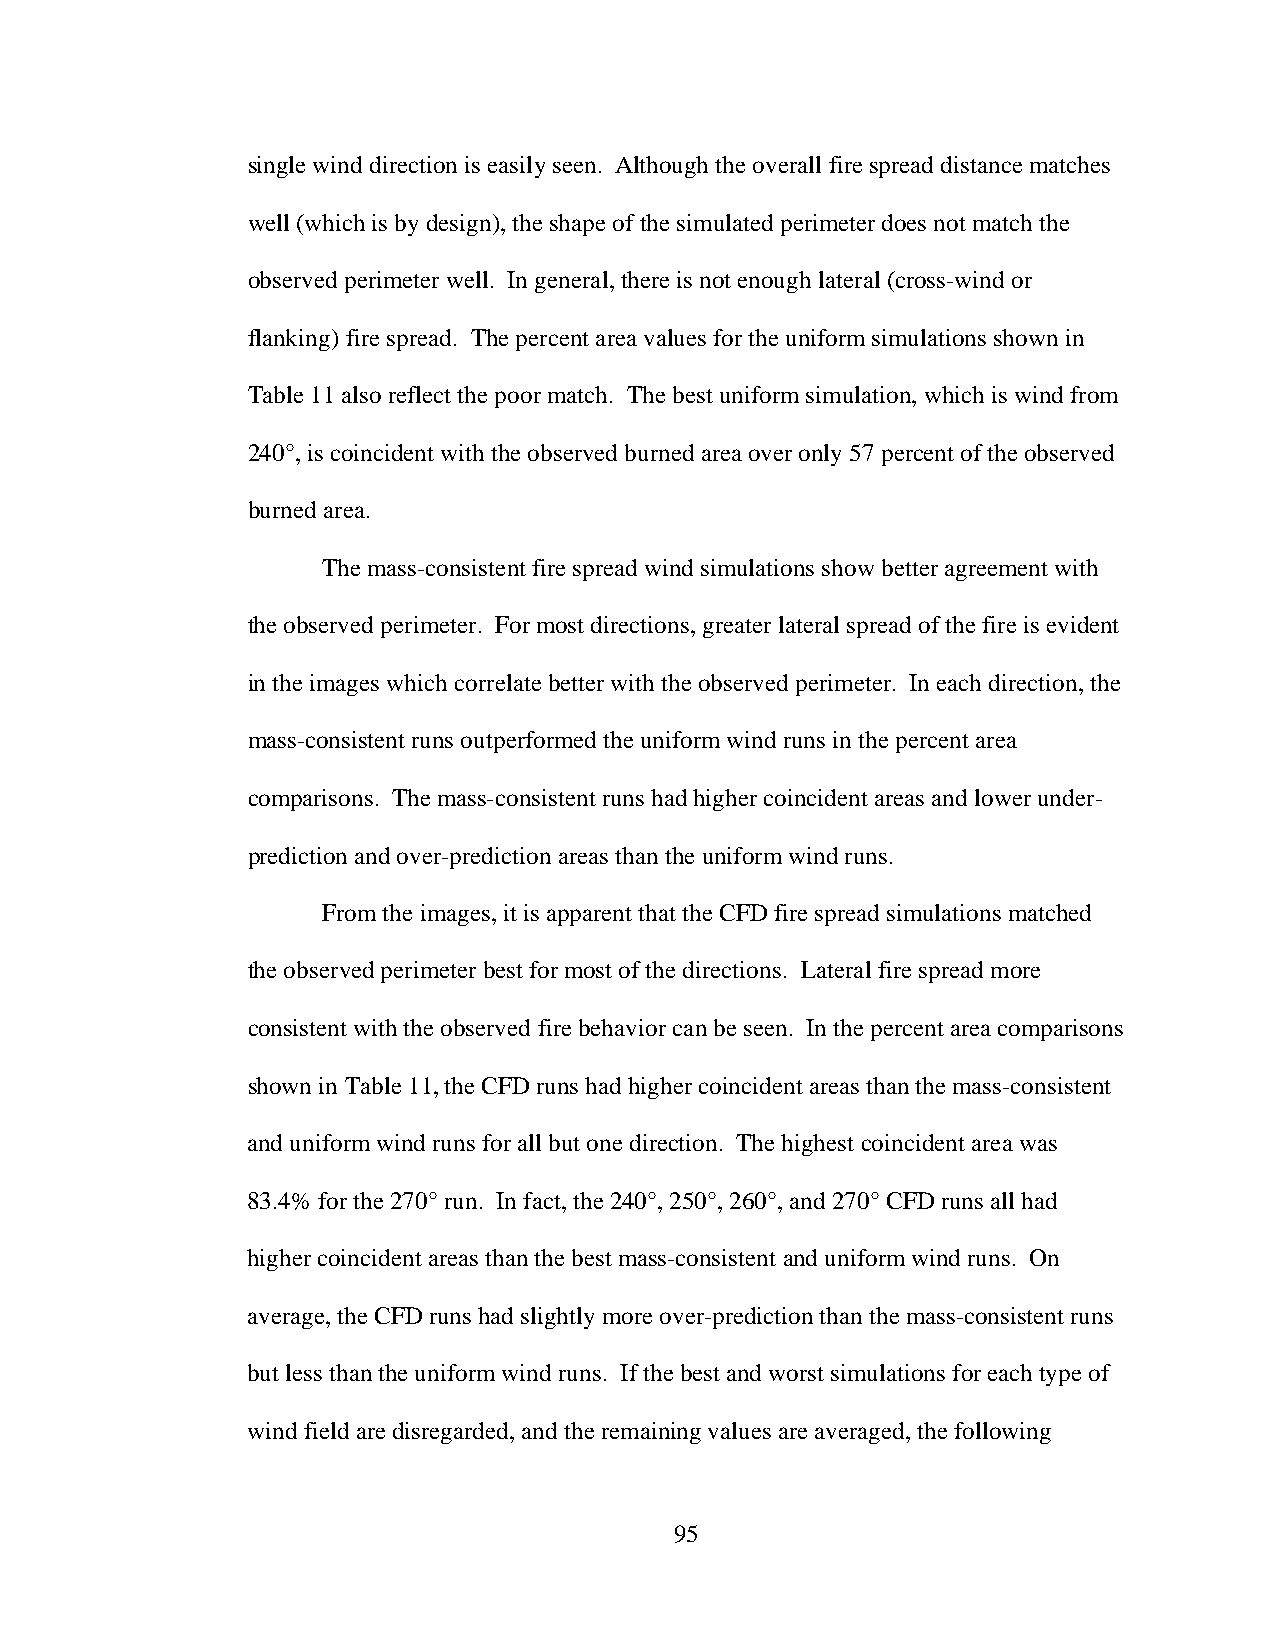
single wind direction is easily seen. Although the overall fire spread distance matches
 well (which is by design), the shape of the simulated perimeter does not match the
 observed perimeter well. In general, there is not enough lateral (cross-wind or
 flanking) fire spread. The percent area values for the uniform simulations shown in
 Table 11 also reflect the poor match. The best uniform simulation, which is wind from
 240°, is coincident with the observed burned area over only 57 percent of the observed
 burned area.
 The mass-consistent fire spread wind simulations show better agreement with
 the observed perimeter. For most directions, greater lateral spread of the fire is evident
 in the images which correlate better with the observed perimeter. In each direction, the
 mass-consistent runs outperformed the uniform wind runs in the percent area
 comparisons. The mass-consistent runs had higher coincident areas and lower under-
 prediction and over-prediction areas than the uniform wind runs.
 From the images, it is apparent that the CFD fire spread simulations matched
 the observed perimeter best for most of the directions. Lateral fire spread more
 consistent with the observed fire behavior can be seen. In the percent area comparisons
 shown in Table 11, the CFD runs had higher coincident areas than the mass-consistent
 and uniform wind runs for all but one direction. The highest coincident area was
 83.4% for the 270° run. In fact, the 240°, 250°, 260°, and 270° CFD runs all had
 higher coincident areas than the best mass-consistent and uniform wind runs. On
 average, the CFD runs had slightly more over-prediction than the mass-consistent runs
 but less than the uniform wind runs. If the best and worst simulations for each type of
 wind field are disregarded, and the remaining values are averaged, the following
 95